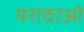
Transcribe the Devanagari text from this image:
मराठाओ